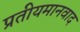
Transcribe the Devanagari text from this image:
प्रतीयमानवाद